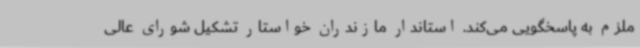
ملزم به پاسخگویی می‌کند. استاندار مازندران خواستار تشکیل شورای عالی